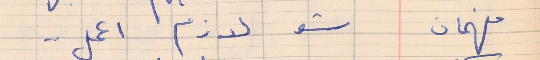
فهمان    شو لازم اعمل . .